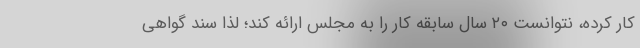
کار کرده، نتوانست ۲۰ سال سابقه کار را به مجلس ارائه کند؛ لذا سند گواهی